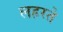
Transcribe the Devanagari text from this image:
लहरते